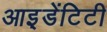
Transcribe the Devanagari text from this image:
आइ़डेंटिटी